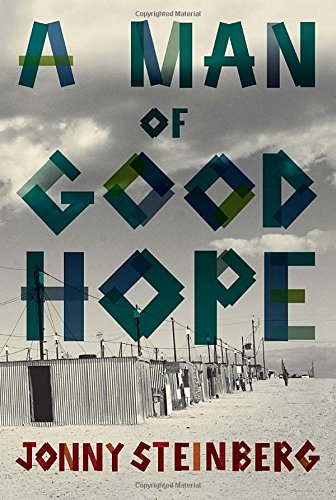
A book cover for A Man of Good Hope; Jonny Steinberg; Biographies & Memoirs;